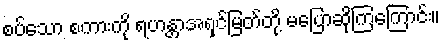
စပ်သော စကားကို ရဟန္တာအရှင်မြတ်တို့ မပြောဆိုကြကြောင်း။